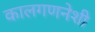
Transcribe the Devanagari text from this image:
कालगणनेशी